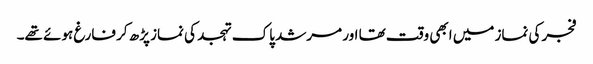
فجر کی نماز میں ابھی وقت تھا اور مرشد پاک تہجد کی نماز پڑھ کر فارغ ہوئے تھے۔